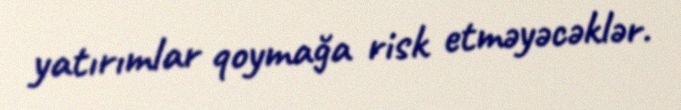
yatırımlar qoymağa risk etməyəcəklər.